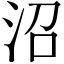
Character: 沼